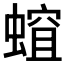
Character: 𧏏